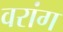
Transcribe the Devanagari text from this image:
वरांग